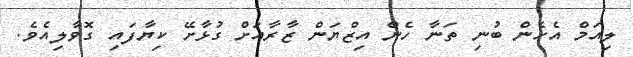
ލިއަމް އެހެން ބުނި ތަނާ ހެން އިޒްޔަން ޒާރާއަށް ގުޅާށޭ ކިޔާފައި ގޮވާލިއެވެ.